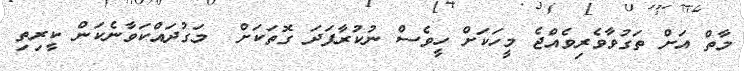
މާތް އަށް ތަގުވާވެރިވެއްޖެ މީހަކަށް ހީވެސް ނުކުރާފަދަ ގޮތަަކަށް  މަގުދައްކަވާނެކަން ކީރިތި